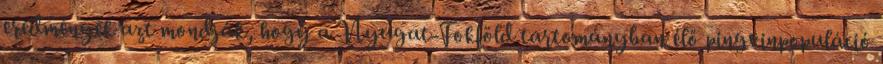
eredmények azt mondják, hogy a Nyugat-Fokföld tartományban élő pingvinpopuláció